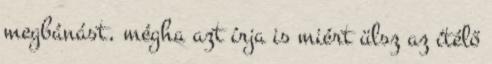
megbánást, mégha azt írja is miért ülsz az ítélő